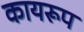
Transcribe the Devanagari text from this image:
कायरूप